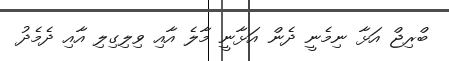
ބްރިޖް އަޅާ ނިމެނީ ދެން އަޅާނީ މާލެ އާއި ވިލިގިލި އާއި ދެމެދު